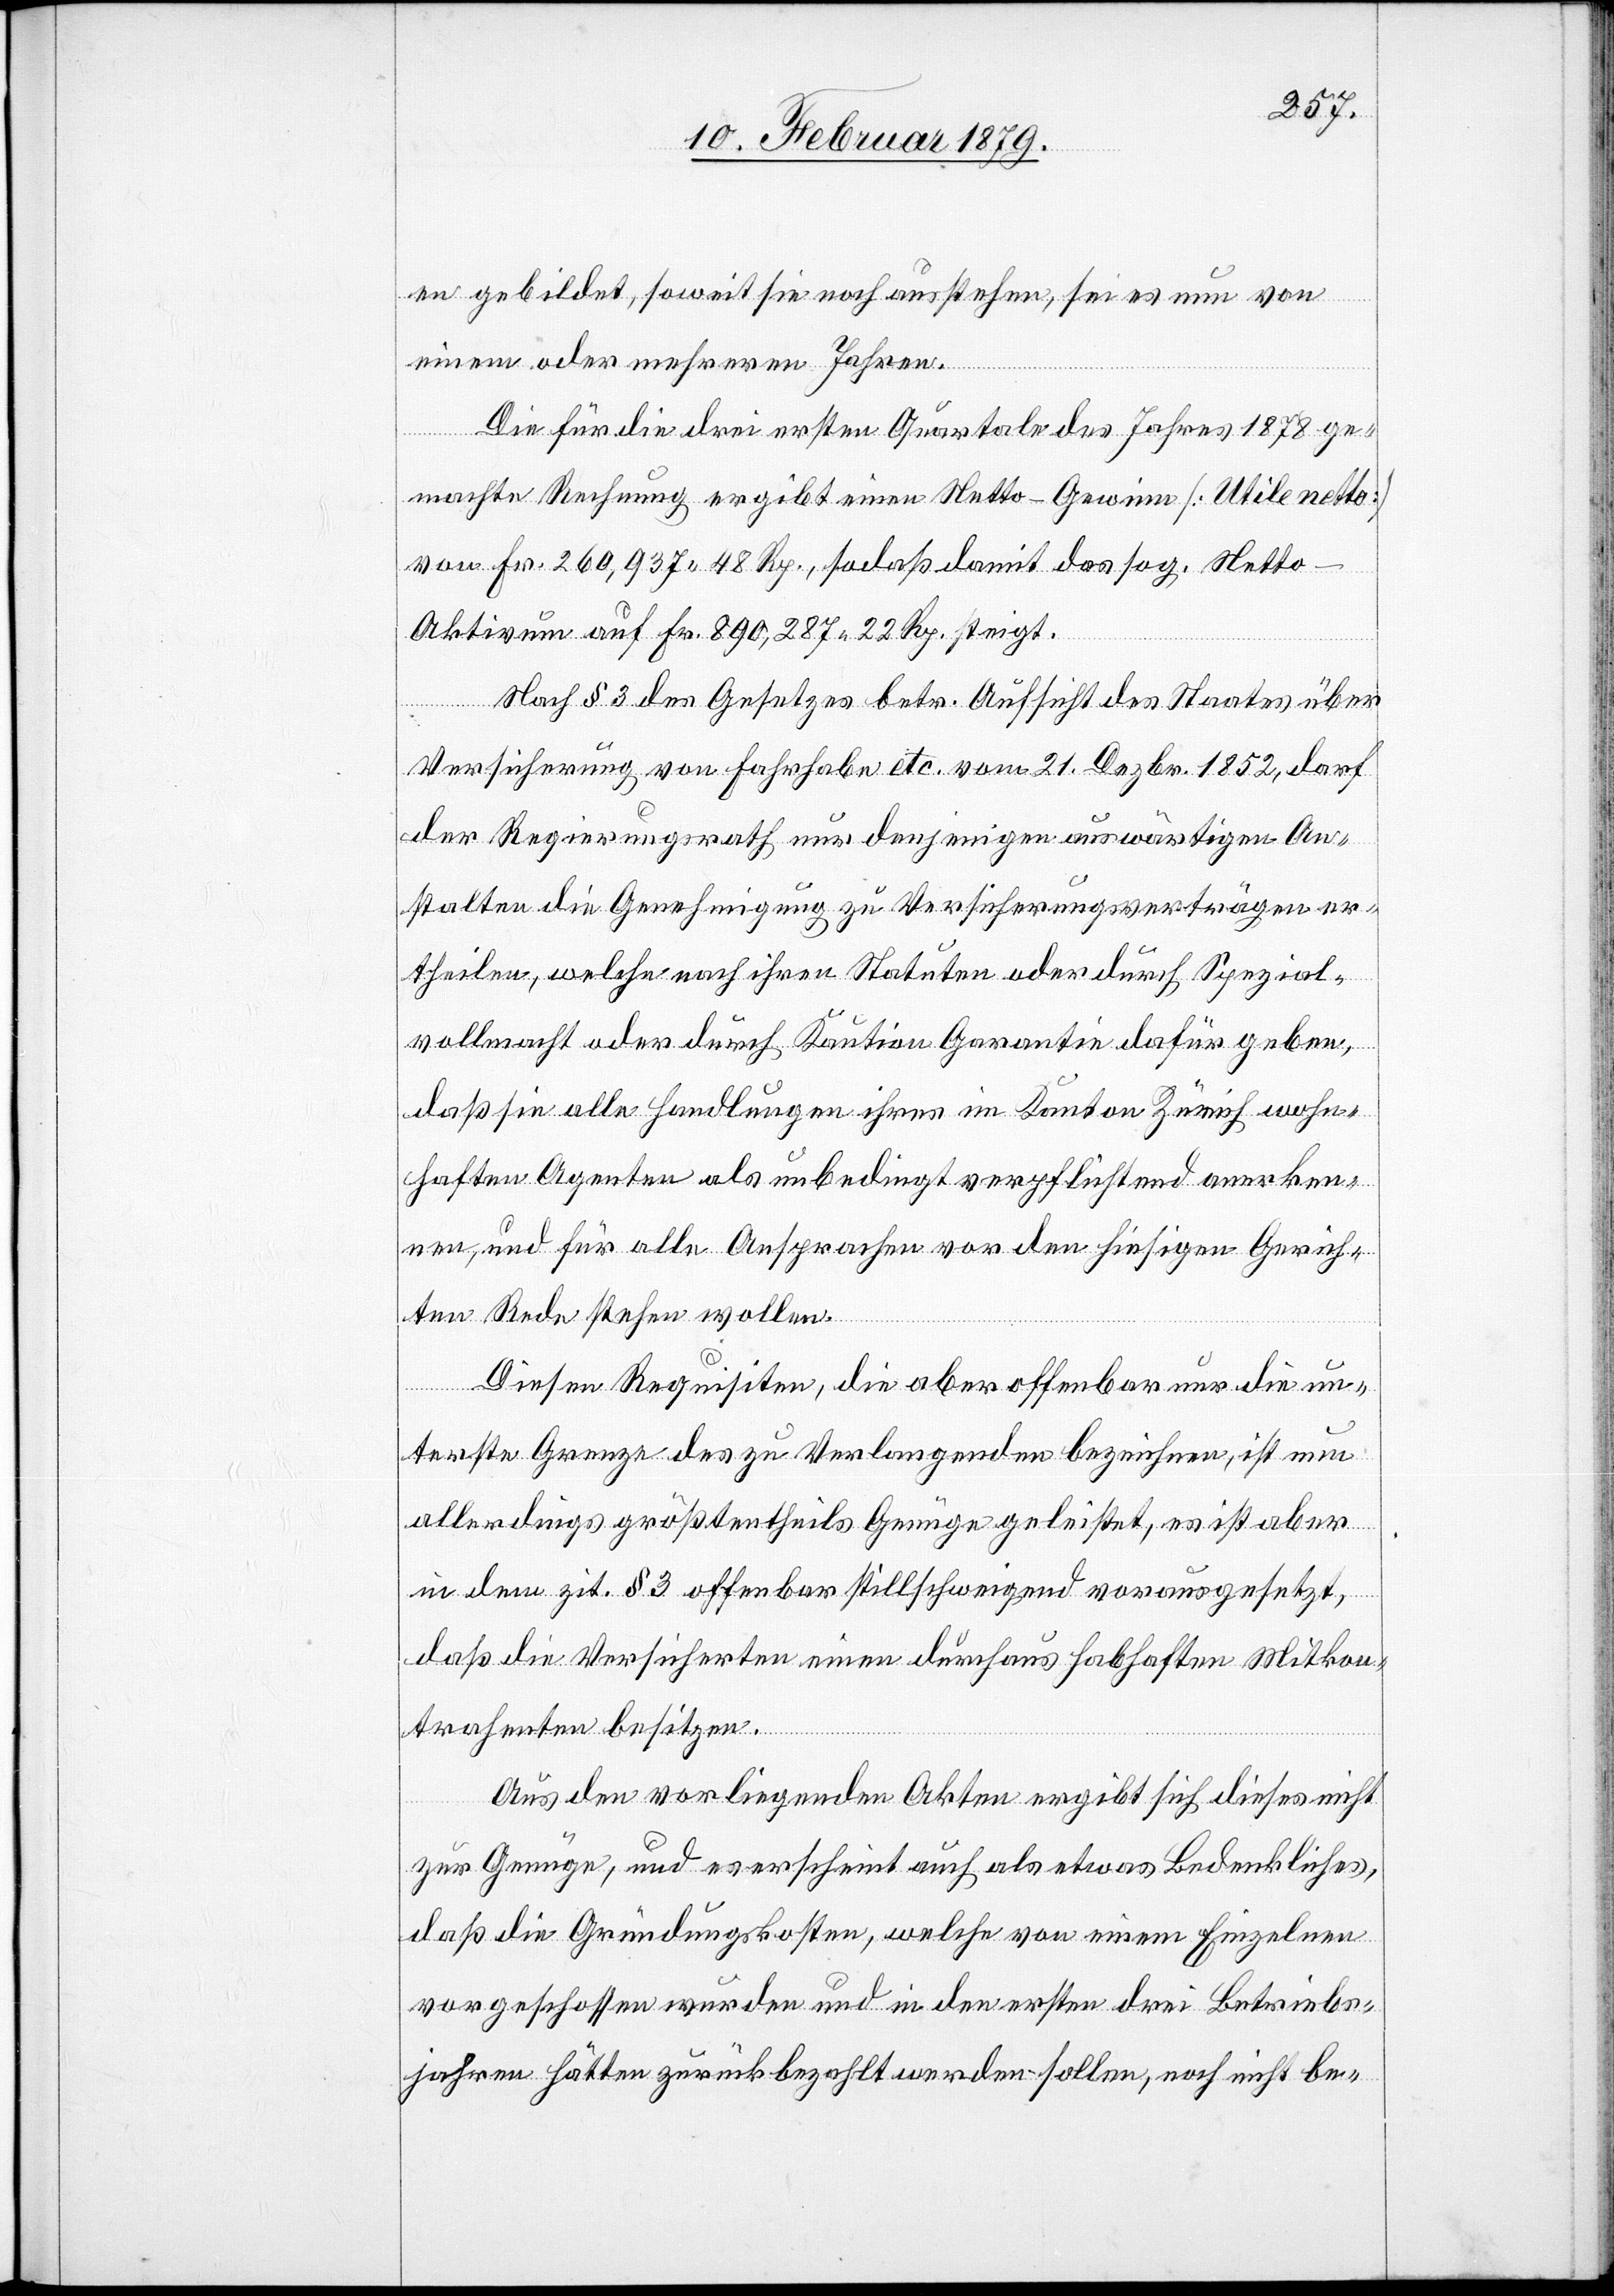
en gebildet, soweit sie noch ausstehen, sei es nun von
einem oder mehreren Jahren.
Die für die drei ersten Quartale des Jahres 1878 ge¬
machte Rechnung ergibt einen Netto-Gewinn [Utile netto]
von Fr. 260,937 48 Rp., sodaß damit das sog. Netto-A¬
ktivum auf Fr. 890,287 22 Rp. steigt.
Nach § 3 des Gesetzes betr. Aufsicht des Staates über
Versicherung von Fahrhabe etc. vom 21. Dezbr. 1852, darf
der Regierungsrath nur denjenigen auswärtigen An¬
stalten die Genehmigung zu Versicherungsverträgen er¬
theilen, welche nach ihren Statuten oder durch Spezial¬
vollmacht oder durch Kaution Garantie dafür geben,
daß sie alle Handlungen ihres im Kanton Zürich wohn¬
haften Agenten als unbedingt verpflichtend anerken¬
nen, und für alle Ansprachen vor den hiesigen Gerich¬
ten Rede stehen wollen.
Diesen Requisiten, die aber offenbar nur die un¬
terste Grenze des zu Verlangenden bezeichnen, ist nun
allerdings größtentheils Genüge geleistet, es ist aber
in dem zit. § 3 offenbar stillschweigend vorausgesetzt,
daß die Versicherten einen durchaus habhaften Mitkon¬
trahenten besitzen.
Aus den beiliegenden Akten ergibt sich dieses nicht
zur Genüge, und es erscheint auch als etwas Bedenkliches,
daß die Gründungskosten, welche von einem Einzelnen
vorgeschossen wurden und in den ersten drei Betriebs¬
jahren hätten zurückbezahlt werden sollen, noch nicht be-